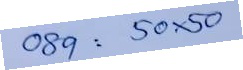
089 = 50x50